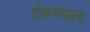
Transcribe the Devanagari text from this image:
टोहरवाला